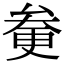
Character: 𠫿